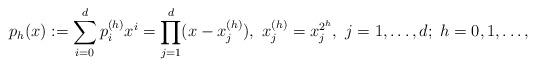
LaTeX: \begin{align*} p_h(x):=\sum_{i=0}^dp_i^{(h)}x^i=\prod_{j=1}^d(x-x_j^{(h)}),~x_j^{(h)}=x_j^{2^h},~j=1,\dots,d;~h=0,1,\dots,\end{align*}